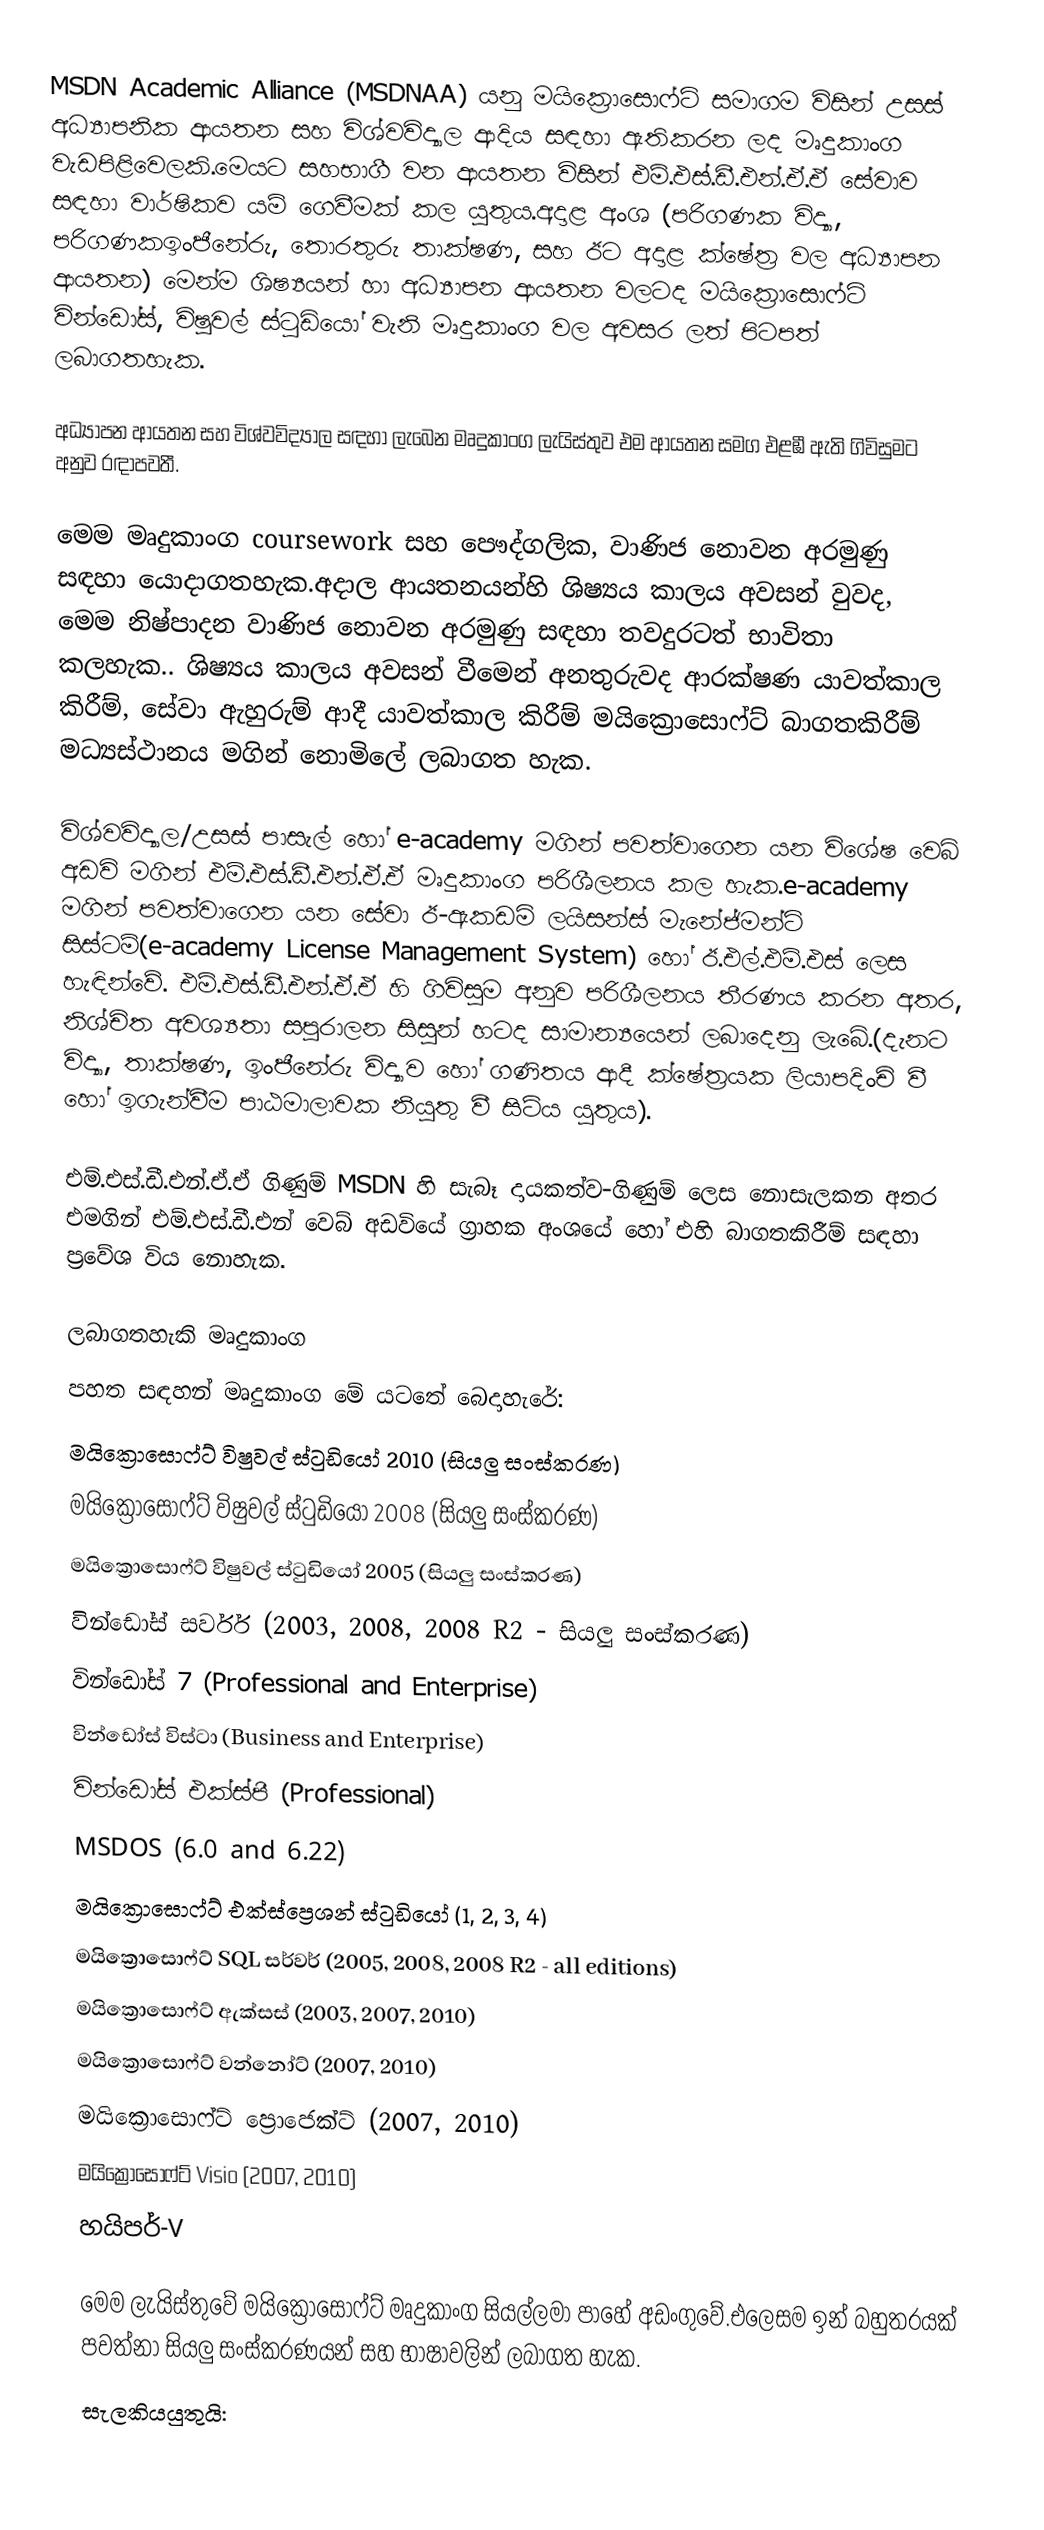
MSDN Academic Alliance (MSDNAA) යනු මයික්‍රොසොෆ්ට් සමාගම විසින් උසස් අධ්‍යාපනික ආයතන සහ විශ්වවිද්‍යාල ආදිය සඳහා ඇතිකරන ලද මෘදුකාංග වැඩපිළිවෙලකි.මෙයට සහභාගී වන ආයතන විසින් එම්.එස්.ඩී.එන්.ඒ.ඒ සේවාව සඳහා වාර්ෂිකව යම් ගෙවීමක් කල යුතුය.අදාළ අංශ  (පරිගණක විද්‍යා, පරිගණකඉංජීනේරු, තොරතුරු තාක්ෂණ, සහ ඊට අදාළ ක්ෂේත්‍ර වල අධ්‍යාපන ආයතන) මෙන්ම ශිෂ්‍යයන් හා අධ්‍යාපන ආයතන වලටද  මයික්‍රොසොෆ්ට් වින්ඩෝස්, විෂුවල් ස්ටුඩියෝ වැනි මෘදුකාංග වල අවසර ලත් පිටපත් ලබාගතහැක.

අධ්‍යාපන ආයතන සහ විශ්වවිද්‍යාල සඳහා ලැබෙන මෘදුකාංග ලැයිස්තුව එම ආයතන සමග එළඹී ඇති ගිවිසුමට අනුව රඳාපවතී.

මෙම මෘදුකාංග coursework සහ පෞද්ගලික, වාණිජ නොවන අරමුණු සඳහා යොදාගතහැක.අදාල ආයතනයන්හි ශිෂ්‍යය කාලය අවසන් වුවද, මෙම  නිෂ්පාදන වාණිජ නොවන අරමුණු සඳහා තවදුරටත් භාවිතා කලහැක..  ශිෂ්‍යය කාලය අවසන් වීමෙන් අනතුරුවද ආරක්ෂණ යාවත්කාල කිරීම්, සේවා ඇහුරුම් ආදී යාවත්කාල කිරීම් මයික්‍රොසොෆ්ට් බාගතකිරීම් මධ්‍යස්ථානය මගින් නොමිලේ ලබාගත හැක.

විශ්වවිද්‍යාල/උසස් පාසැල් හෝ e-academy මගින් පවත්වාගෙන යන විශේෂ වෙබ් අඩවි මගින්  එම්.එස්.ඩී.එන්.ඒ.ඒ මෘදුකාංග පරිශීලනය කල හැක.e-academy මගින් පවත්වාගෙන යන සේවා ඊ-ඇකඩමි ලයිසන්ස් මැනේජ්මන්ට් සිස්ටම්(e-academy License Management System) හෝ ඊ.එල්.එම්.එස් ලෙස හැඳින්වේ. එම්.එස්.ඩී.එන්.ඒ.ඒ හි ගිවිසුම අනුව පරිශීලනය තීරණය කරන අතර, නිශ්චිත අවශ්‍යතා සපුරාලන සිසුන් හටද සාමාන්‍යයෙන් ලබාදෙනු ලැබේ.(දැනට විද්‍යා, තාක්ෂණ, ඉංජීනේරු විද්‍යාව හෝ ගණිතය ආදී ක්ෂේත්‍රයක ලියාපදිංචි වී හෝ ඉගැන්වීම පාඨමාලාවක නියුතු වී සිටිය යුතුය).

එම්.එස්.ඩී.එන්.ඒ.ඒ ගිණුම්  MSDN හි සැබෑ දායකත්ව-ගිණුම් ලෙස නොසැලකන අතර එමගින් එම්.එස්.ඩී.එන් වෙබ් අඩවියේ ග්‍රාහක අංශයේ හෝ එහි බාගතකිරීම් සඳහා ප්‍රවේශ විය නොහැක.

ලබාගතහැකි මෘදුකාංග
පහත සඳහන් මෘදුකාංග මේ යටතේ බෙදාහැරේ:
 මයික්‍රොසොෆ්ට් විෂුවල් ස්ටුඩියෝ 2010 (සියලු සංස්කරණ)
 මයික්‍රොසොෆ්ට් විෂුවල් ස්ටුඩියෝ 2008 (සියලු සංස්කරණ)
 මයික්‍රොසොෆ්ට් විෂුවල් ස්ටුඩියෝ 2005 (සියලු සංස්කරණ)
 වින්ඩෝස් සර්වර් (2003, 2008, 2008 R2 - සියලු සංස්කරණ)
 වින්ඩෝස් 7 (Professional and Enterprise)
 වින්ඩෝස් විස්ටා (Business and Enterprise)
 වින්ඩෝස් එක්ස්පී (Professional)
 MSDOS (6.0 and 6.22)
 මයික්‍රොසොෆ්ට් එක්ස්ප්‍රෙශන් ස්ටුඩියෝ (1, 2, 3, 4)
 මයික්‍රොසොෆ්ට් SQL සර්වර් (2005, 2008, 2008 R2 - all editions)
 මයික්‍රොසොෆ්ට් ඇක්සස් (2003, 2007, 2010)
 මයික්‍රොසොෆ්ට් වන්නෝට් (2007, 2010)
 මයික්‍රොසොෆ්ට් ප්‍රොජෙක්ට් (2007, 2010)
 මයික්‍රොසොෆ්ට් Visio (2007, 2010)
 හයිපර්-V

මෙම ලැයිස්තුවේ මයික්‍රොසොෆ්ට් මෘදුකාංග සියල්ලමා පාහේ අඩංගුවේ.එලෙසම ඉන් බහුතරයක් පවත්නා සියලු සංස්කරණයන් සහ භාෂාවලින් ලබාගත හැක.
සැලකියයුතුයි: